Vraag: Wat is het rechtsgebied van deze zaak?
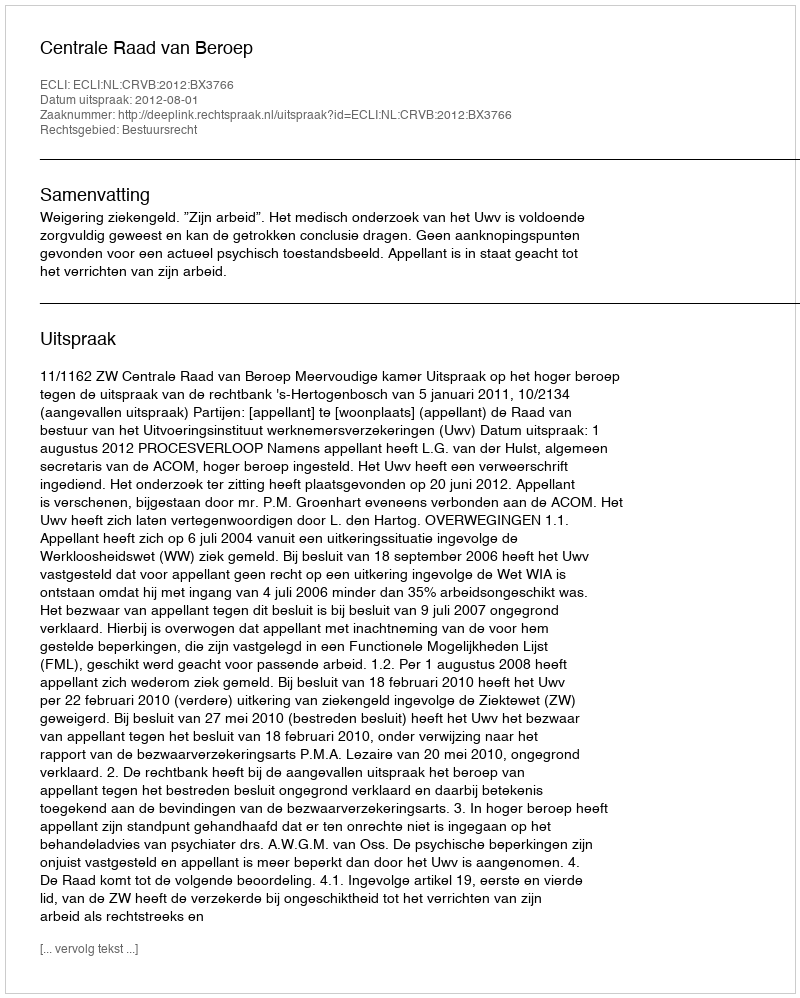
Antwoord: Bestuursrecht